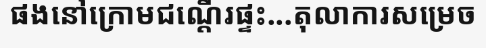
ផងនៅក្រោមជណ្តើរផ្ទះ...តុលាការសម្រេច